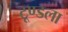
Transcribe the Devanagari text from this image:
टूण्‍डला